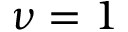
\nu = 1